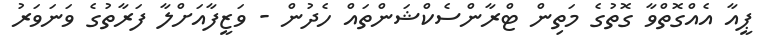
ޕީއާ އެއްގޮތްވާ ގޮތުގެ މަތިން ޓްރާންސެކްޝަންތައް ހެދުން - ވަޒީފާއަށްލާ ފަރާތުގެ ވަނަވަރު